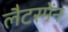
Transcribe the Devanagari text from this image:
लैटरमेंन